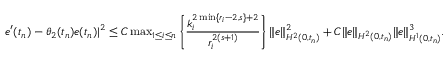
\begin{array} { r l } & { e ^ { \prime } ( t _ { n } ) - \theta _ { 2 } ( t _ { n } ) e ( t _ { n } ) | ^ { 2 } \le C \operatorname* { m a x } _ { 1 \leq i \leq n } \left\{ \displaystyle \frac { k _ { i } ^ { 2 \operatorname* { m i n } \{ r _ { i } - 2 , s \} + 2 } } { r _ { i } ^ { 2 ( s + 1 ) } } \right\} \| e \| _ { H ^ { 2 } ( 0 , t _ { n } ) } ^ { 2 } + C \| e \| _ { H ^ { 2 } ( 0 , t _ { n } ) } \| e \| _ { H ^ { 1 } ( 0 , t _ { n } ) } ^ { 3 } . } \end{array}